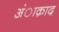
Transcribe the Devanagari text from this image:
अंाक़ाद